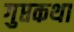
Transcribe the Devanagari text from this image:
गुप्तकथा